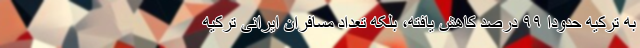
به ترکیه حدودا ۹۹ درصد کاهش یافته، بلکه تعداد مسافران ایرانی ترکیه